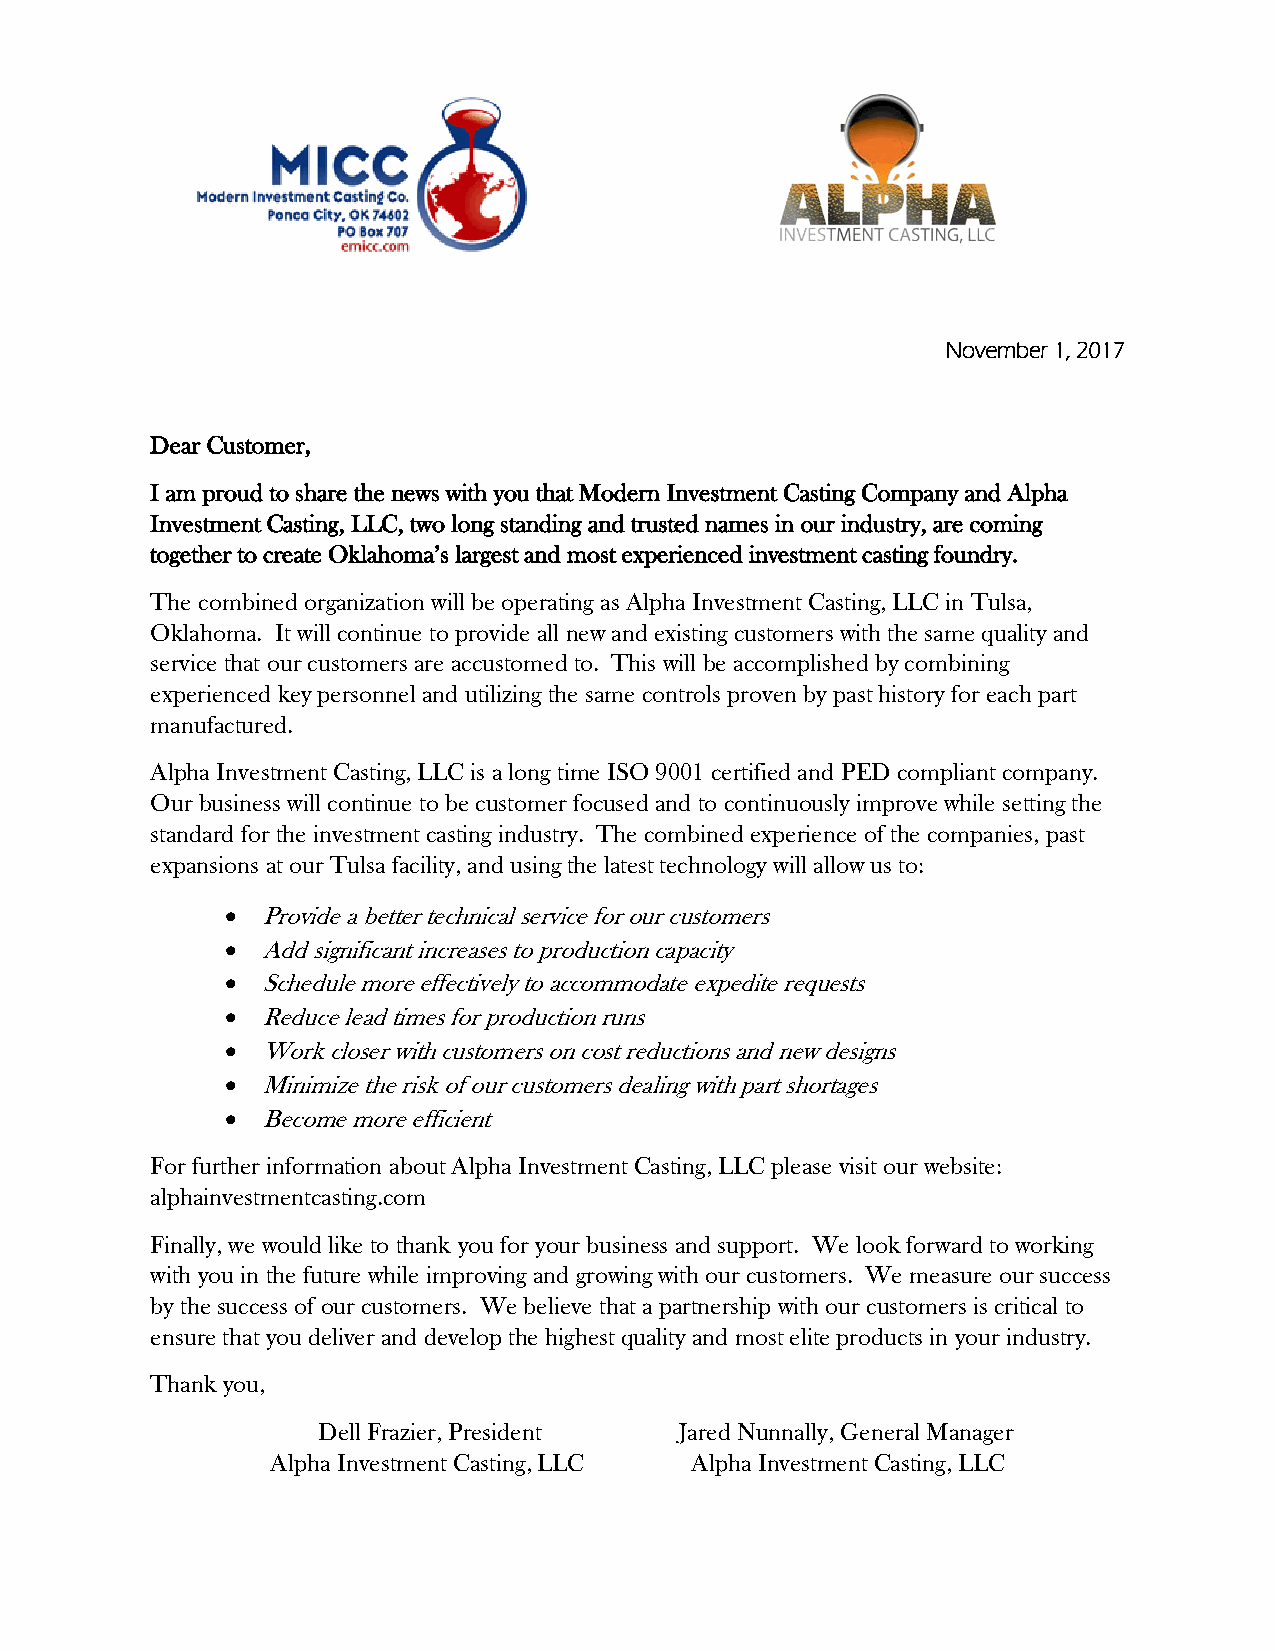
November 1, 2017
 Dear Customer,
 I am proud to share the news with you that Modern Investment Casting Company and Alpha
 Investment Casting, LLC, two long standing and trusted names in our industry, are coming
 together to create Oklahoma’s largest and most experienced investment casting foundry.
 The combined organization will be operating as Alpha Investment Casting, LLC in Tulsa,
 Oklahoma. It will continue to provide all new and existing customers with the same quality and
 service that our customers are accustomed to. This will be accomplished by combining
 experienced key personnel and utilizing the same controls proven by past history for each part
 manufactured.
 Alpha Investment Casting, LLC is a long time ISO 9001 certified and PED compliant company.
 Our business will continue to be customer focused and to continuously improve while setting the
 standard for the investment casting industry. The combined experience of the companies, past
 expansions at our Tulsa facility, and using the latest technology will allow us to:
 • Provide a better technical service for our customers
 • Add significant increases to production capacity
 • Schedule more effectively to accommodate expedite requests
 • Reduce lead times for production runs
 • Work closer with customers on cost reductions and new designs
 • Minimize the risk of our customers dealing with part shortages
 • Become more efficient
 For further information about Alpha Investment Casting, LLC please visit our website:
 alphainvestmentcasting.com
 Finally, we would like to thank you for your business and support. We look forward to working
 with you in the future while improving and growing with our customers. We measure our success
 by the success of our customers. We believe that a partnership with our customers is critical to
 ensure that you deliver and develop the highest quality and most elite products in your industry.
 Thank you,
 Dell Frazier, President Jared Nunnally, General Manager
 Alpha Investment Casting, LLC Alpha Investment Casting, LLC